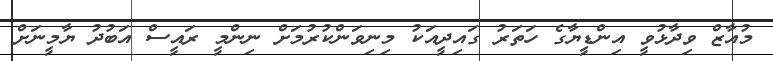
މުއާޒް ވިދާޅުވީ އިންޑީޔާގެ ހަތަރު ގައިދީއަކު މިނިވަންކުރުމަށް ނިންމީ ރައީސް އަބުދު ޔާމީނަށް